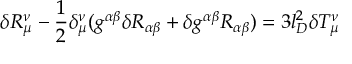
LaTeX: \delta R _ { \mu } ^ { \nu } - \frac { 1 } { 2 } \delta _ { \mu } ^ { \nu } ( g ^ { \alpha \beta } \delta R _ { \alpha \beta } + \delta g ^ { \alpha \beta } R _ { \alpha \beta } ) = 3 l _ { D } ^ { 2 } \delta T _ { \mu } ^ { \nu }